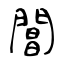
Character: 閶